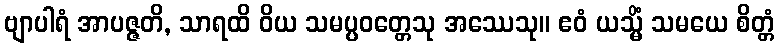
ဗျာပါရံ အာပဇ္ဇတိ, သာရထိ ဝိယ သမပ္ပဝတ္တေသု အဿေသု။ ဧဝံ ယသ္မိံ သမယေ စိတ္တံ